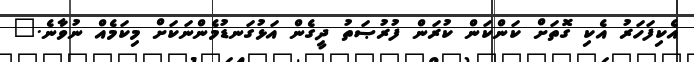
އެކިފަހަރު އެކި ގޮތަށް ކަންކަން ކުރަން ފުރުޞަތު ދީގެން އަޅުގަނޑުމެންނަކަށް މިކަމެއް ނުވާނެ."